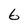
Character: 6